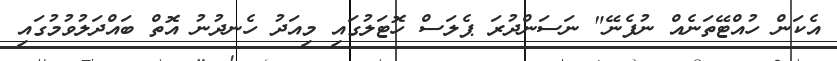
އެކަން ހުއްޓޭތަނެއް ނުފެނޭ" ނަސަންދުރަ ޕެލަސް ހޮޓަލުގައި މިއަދު ހެނދުނު އޮތް ބައްދަލުވުމުގައި